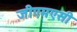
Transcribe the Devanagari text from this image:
जीएमएसी